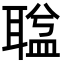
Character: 𦖬